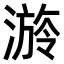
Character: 𣻒